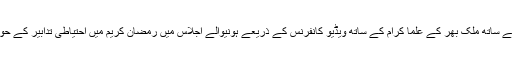
چند روز قبل صدر مملکت عارف کے ساتھ ملک بھر کے علما کرام کے ساتھ ویڈیو کانفرنس کے ذریعے ہونیوالے اجلاس میں رمضان کریم میں احتیاطی تدابیر کے حوالے سے 20 نکات پر اتفاق کیا تھا۔